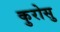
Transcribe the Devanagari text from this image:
कुरोसु